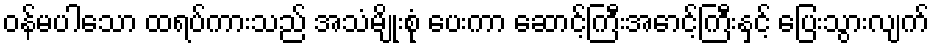
ဝန်မပါသော ထရပ်ကားသည် အသံမျိုးစုံ ပေးကာ ဆောင့်ကြီးအောင့်ကြီးနှင့် ပြေးသွားလျက်